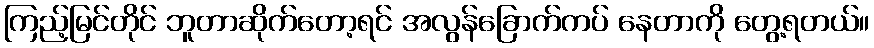
ကြည့်မြင်တိုင် ဘူတာဆိုက်တော့ရင် အလွန်ခြောက်ကပ် နေတာကို တွေ့ရတယ်။